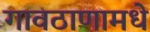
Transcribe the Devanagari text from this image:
गावठाणामधे